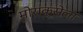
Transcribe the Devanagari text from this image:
मोराक्सेला